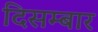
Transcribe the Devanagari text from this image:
दिसम्बार